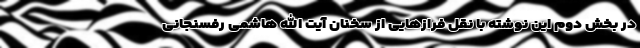
در بخش دوم این نوشته با نقل فرازهایی از سخنان آیت الله هاشمی رفسنجانی